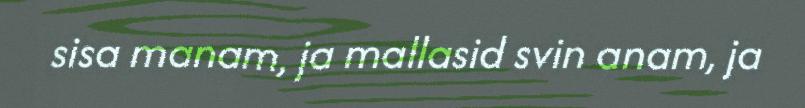
sisa manam, ja mallasid svin anam, ja